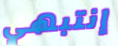
إنتبهي